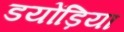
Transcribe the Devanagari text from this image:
डयोंड़िया